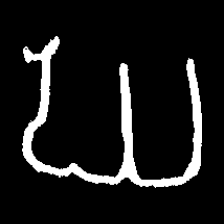
Pyu character \u2014 Myanmar letter: ဃ (romanized: gha)